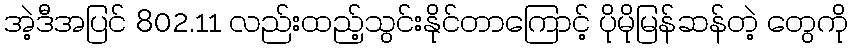
အဲ့ဒီအပြင် 802.11 လည်းထည့်သွင်းနိုင်တာကြောင့် ပိုမိုမြန်ဆန်တဲ့ တွေကို